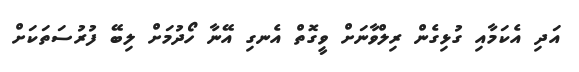
އަދި އެކަމާއި ގުޅިގެން ރިލްވާނަށް ވީގޮތް އެނގި އޭނާ ހޯދުމަށް ލިބޭ ފުރުސަތަކަށް